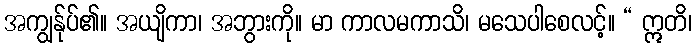
အကျွန်ုပ်၏။ အယျိကာ၊ အဘွားကို။ မာ ကာလမကာသိ၊ မသေပါစေလင့်။ “ ဣတိ၊